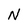
Character: N